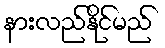
နားလည်နိုင်မည်